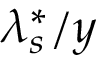
\lambda _ { s } ^ { * } / y